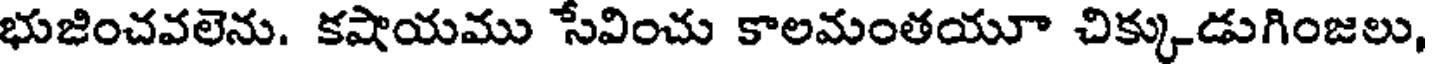
భుజించవలెను. కషాయము సేవించు కాలమంతయూ చిక్కుడుగింజలు,